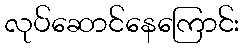
လုပ်ဆောင်နေကြောင်း